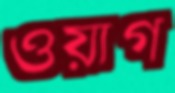
ওয়াগ